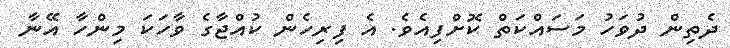
ދެތިން ދުވަހު މަސައްކަތް ކޮށްފިއެވެ. އެ ފިރިހެން ކުއްޖާގެ ވާހަކަ މިންހާ އޭނާ